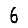
Digit: 6